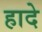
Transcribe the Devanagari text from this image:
हादे